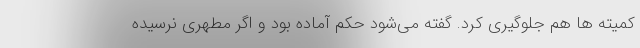
کمیته ها هم جلوگیری کرد. گفته می‌شود حکم آماده بود و اگر مطهری نرسیده